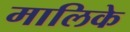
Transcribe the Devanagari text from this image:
मालिके